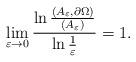
LaTeX: \begin{align*}\lim_{\varepsilon\to 0}\frac{\ln\frac{(A_\varepsilon, \partial \Omega)}{(A_\varepsilon)}}{\ln\frac{1}{\varepsilon}}=1.\end{align*}